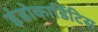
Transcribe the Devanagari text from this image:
इंडोकार्डिटिस